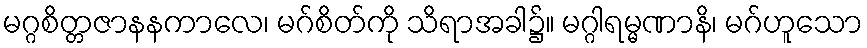
မဂ္ဂစိတ္တဇာနနကာလေ၊ မဂ်စိတ်ကို သိရာအခါ၌။ မဂ္ဂါရမ္မဏာနိ၊ မဂ်ဟူသော